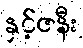
နှင့်ဇနီး